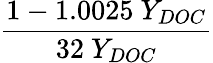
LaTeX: \frac{1-1.0025\ Y_{DOC}}{32\ Y_{DOC}}